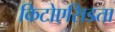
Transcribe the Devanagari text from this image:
किटोएसिडता